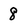
Character: 8